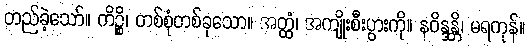
တည်ခဲ့သော်။ ကိဉ္စိ၊ တစ်စုံတစ်ခုသော။ အတ္ထံ၊ အကျိုးစီးပွားကို။ နဝိန္ဒန္တိ၊ မရကုန်။